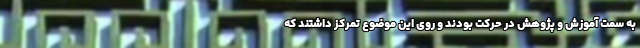
به سمت آموزش و پژوهش در حرکت بودند و روی این موضوع تمرکز داشتند که